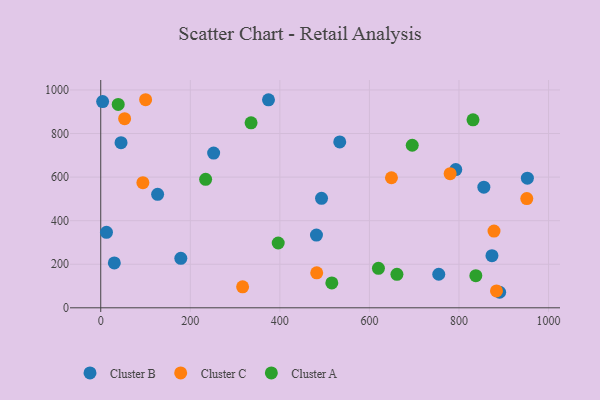
{"axis": {"x": "Study Hours", "y": "Demand"}, "legend": ["Cluster A", "Cluster B", "Cluster C"], "data": [{"x": "873.6", "y": 239.4, "type": "Cluster B"}, {"x": "493.0", "y": 502.7, "type": "Cluster B"}, {"x": "30.3", "y": 205.8, "type": "Cluster B"}, {"x": "252.1", "y": 710.2, "type": "Cluster B"}, {"x": "45.3", "y": 757.8, "type": "Cluster B"}, {"x": "952.7", "y": 595.1, "type": "Cluster B"}, {"x": "481.7", "y": 333.9, "type": "Cluster B"}, {"x": "533.7", "y": 761.2, "type": "Cluster B"}, {"x": "178.8", "y": 227.2, "type": "Cluster B"}, {"x": "792.8", "y": 634.5, "type": "Cluster B"}, {"x": "890.8", "y": 71.3, "type": "Cluster B"}, {"x": "855.5", "y": 553.5, "type": "Cluster B"}, {"x": "374.6", "y": 954.8, "type": "Cluster B"}, {"x": "12.8", "y": 346.4, "type": "Cluster B"}, {"x": "4.2", "y": 946.8, "type": "Cluster B"}, {"x": "127.0", "y": 520.8, "type": "Cluster B"}, {"x": "754.8", "y": 154.0, "type": "Cluster B"}, {"x": "100.2", "y": 955.1, "type": "Cluster C"}, {"x": "482.3", "y": 160.8, "type": "Cluster C"}, {"x": "53.3", "y": 868.2, "type": "Cluster C"}, {"x": "883.7", "y": 77.4, "type": "Cluster C"}, {"x": "94.1", "y": 574.4, "type": "Cluster C"}, {"x": "649.2", "y": 597.0, "type": "Cluster C"}, {"x": "316.8", "y": 96.4, "type": "Cluster C"}, {"x": "878.2", "y": 352.3, "type": "Cluster C"}, {"x": "951.4", "y": 501.2, "type": "Cluster C"}, {"x": "780.2", "y": 615.8, "type": "Cluster C"}, {"x": "39.0", "y": 933.6, "type": "Cluster A"}, {"x": "837.6", "y": 147.6, "type": "Cluster A"}, {"x": "620.1", "y": 181.4, "type": "Cluster A"}, {"x": "396.3", "y": 297.5, "type": "Cluster A"}, {"x": "695.6", "y": 746.1, "type": "Cluster A"}, {"x": "335.7", "y": 849.1, "type": "Cluster A"}, {"x": "516.0", "y": 114.1, "type": "Cluster A"}, {"x": "661.4", "y": 153.8, "type": "Cluster A"}, {"x": "234.2", "y": 589.6, "type": "Cluster A"}, {"x": "831.3", "y": 862.7, "type": "Cluster A"}]}